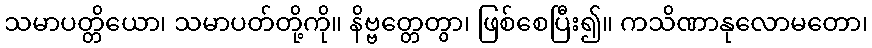
သမာပတ္တိယော၊ သမာပတ်တို့ကို။ နိဗ္ဗတ္တေတွာ၊ ဖြစ်စေပြီး၍။ ကသိဏာနုလောမတော၊